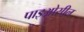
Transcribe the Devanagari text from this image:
पाइओसील